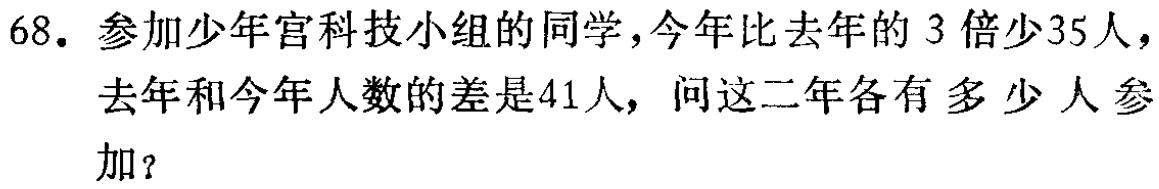
68. 参加少年宫科技小组的同学，今年比去年的 3 倍少35人，去年和今年人数的差是41人，问这二年各有多少人参加？